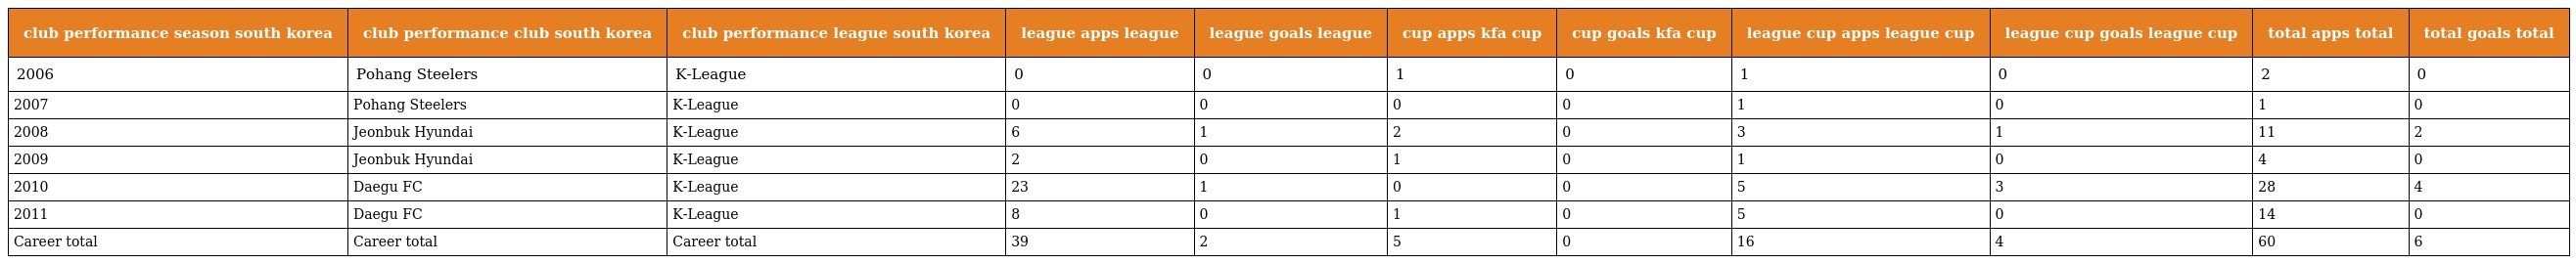
| club performance season south korea | club performance club south korea | club performance league south korea | league apps league | league goals league | cup apps kfa cup | cup goals kfa cup | league cup apps league cup | league cup goals league cup | total apps total | total goals total |
 | --- | --- | --- | --- | --- | --- | --- | --- | --- | --- | --- |
 | 2006 | Pohang Steelers | K-League | 0 | 0 | 1 | 0 | 1 | 0 | 2 | 0 |
 | 2007 | Pohang Steelers | K-League | 0 | 0 | 0 | 0 | 1 | 0 | 1 | 0 |
 | 2008 | Jeonbuk Hyundai | K-League | 6 | 1 | 2 | 0 | 3 | 1 | 11 | 2 |
 | 2009 | Jeonbuk Hyundai | K-League | 2 | 0 | 1 | 0 | 1 | 0 | 4 | 0 |
 | 2010 | Daegu FC | K-League | 23 | 1 | 0 | 0 | 5 | 3 | 28 | 4 |
 | 2011 | Daegu FC | K-League | 8 | 0 | 1 | 0 | 5 | 0 | 14 | 0 |
 | Career total | Career total | Career total | 39 | 2 | 5 | 0 | 16 | 4 | 60 | 6 |